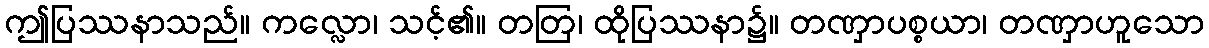
ဤပြဿနာသည်။ ကလ္လော၊ သင့်၏။ တတြ၊ ထိုပြဿနာ၌။ တဏှာပစ္စယာ၊ တဏှာဟူသော